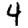
Digit: 4